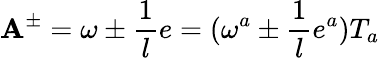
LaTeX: \mathbf{A}^{\pm}=\omega\pm\frac{{1}}{{l}}e=(\omega^{a}\pm\frac{{1}}{{l}}e^{a})T_{a}